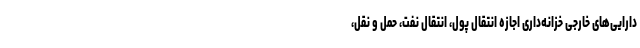
دارایی‌های خارجی خزانه‌داری اجازه انتقال پول، انتقال نفت، حمل و نقل،